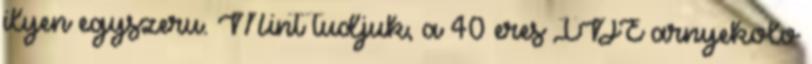
ilyen egyszeru. Mint tudjuk, a 40 eres IDE arnyekolo